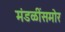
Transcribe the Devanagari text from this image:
मंडळींसमोर